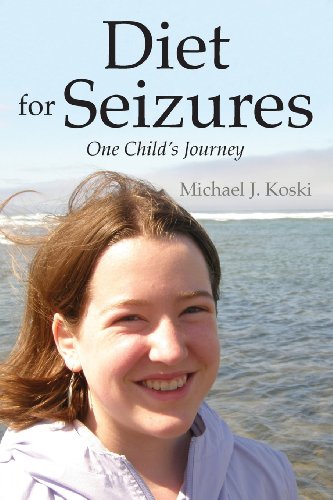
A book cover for Diet for Seizures: One Child's Journey; Michael J Koski; Medical Books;